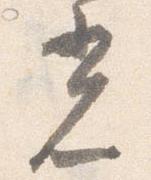
光